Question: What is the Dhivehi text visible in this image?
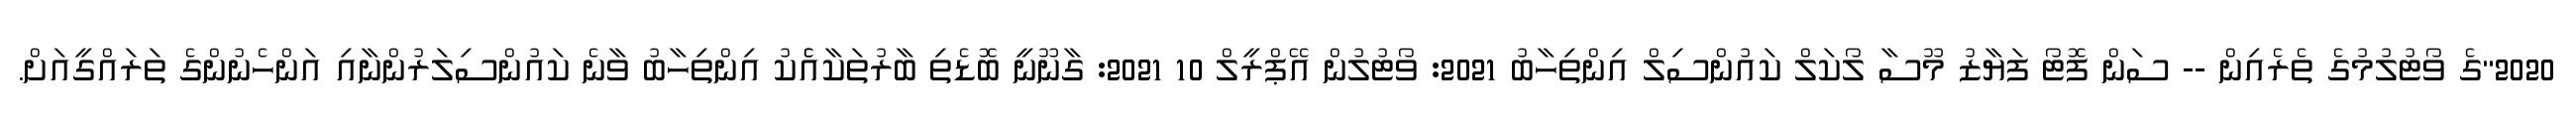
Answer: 2020"ގެ ވޯޓުލުމުގެ ތެރެއިން -- ސަން ފޮޓޯ ފަޔާޒު މޫސާ ލޯކަލް ކައުންސިލް އިންތިހާބު 2021: ވޯޓުލުން އޭޕްރީލް 10 2021: ގާނޫނީ ބޮޑެތި ބާރުތަކާއެެކު އިންތިހާބު ވާނެ ކައުންސިލަރުންނާއި އަންހެނުންގެ ތަރައްގީއަށް.